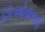
ગિઓવાનની